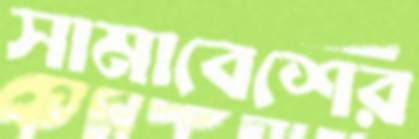
সামাবেশের